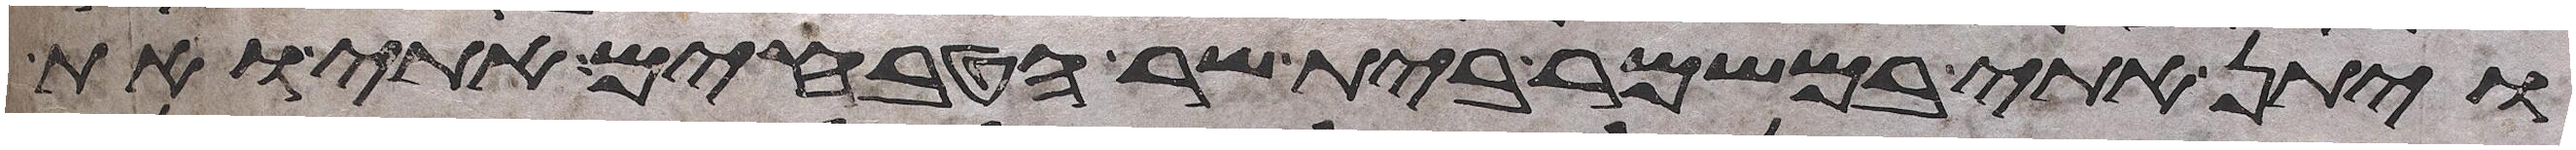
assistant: ויתן אתי במשמר בית שר הטבחים אתי ואת